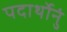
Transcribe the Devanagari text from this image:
पदार्थोनुं